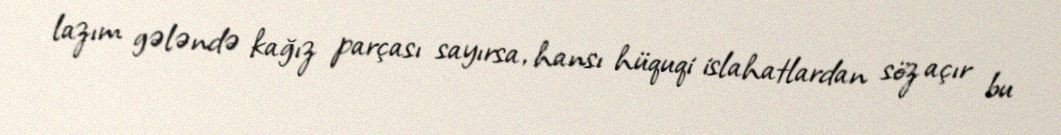
lazım gələndə kağız parçası sayırsa, hansı hüquqi islahatlardan söz açır bu